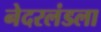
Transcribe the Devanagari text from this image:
नेदरलंडला